Vaccination in the Punjab 1867-1880 - 1867-1880
Year: 1867
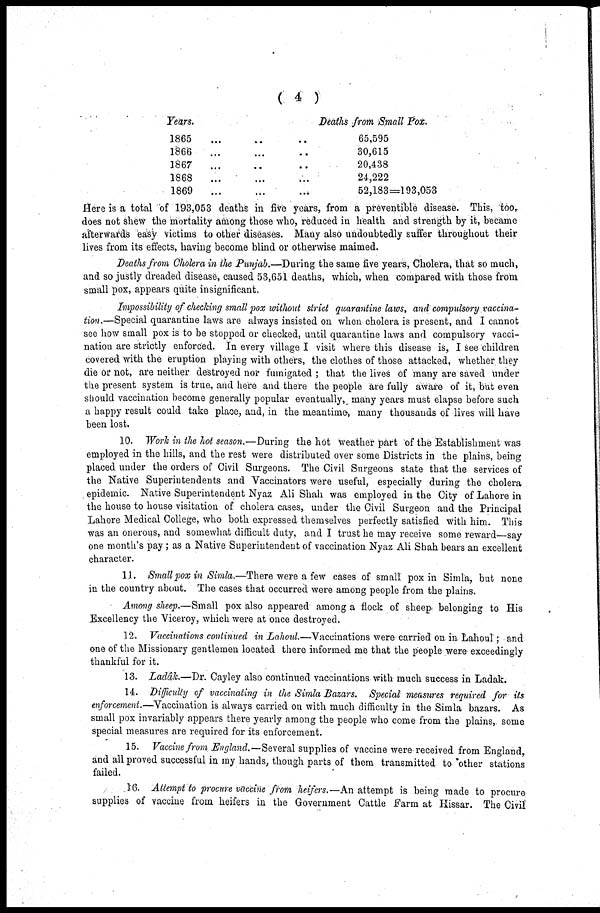
( 4 )
Tears.
1865
1866
1867
1868
1869
...
Deaths from Small Pox.
65,595
30,615
20,438
24,222
52,183=193,053
Here is a total of 193,053 deaths in five years, from a preventible disease. This, too,
does not shew the mortality among those who, reduced in health and strength by it, became
afterwards easy victims to other diseases. Many also undoubtedly suffer throughout their
lives from its effects, having become blind or otherwise maimed.
Deaths from Cholera in the Punjab.—During the same five years, Cholera, that so much,
and so justly dreaded disease, caused 53,651 deaths, which, when compared with those from
small pox, appears quite insignificant,
Impossibility of checking small pox without strict quarantine laws, and compulsory vaccina-
tion.—Special quarantine laws are always insisted on when cholera is present, and I cannot
see how small pox is to be stopped or checked, until quarantine laws and compulsory vacci-
nation are strictly enforced. In every village I visit where this disease is, I see children
covered with the eruption playing with others, the clothes of those attacked, whether they
die or not, are neither destroyed nor fumigated ; that the lives of many are saved under
the present system is true, and here and there the people are fully aware of it, but even
should vaccination become generally popular eventually, many years must elapse before such
a happy result could take place, and, in the meantime-, many thousands of lives will have
been lost.
10. Work in the hot season.—During the hot weather part of the Establishment was
employed in the hills, and the rest were distributed over some Districts in the plains, being
placed under the orders of Civil Surgeons. The Civil Surgeons state that the services of
the Native Superintendents and Vaccinators were useful, especially during the cholera
epidemic. Native Superintendent Nyaz. Ali Shah was employed in the City of Lahore in
the house to house visitation of cholera cases, under the Civil Surgeon and the Principal
Lahore Medical College, who both expressed themselves perfectly satisfied with him. This
was an onerous, and somewhat difficult duty, and I trust he may receive some reward—say
one month's pay ; as a Native Superintendent of vaccination Nyaz Ali Shah bears an excellent
character.
11. Small pox in Simla.—There were a few cases of small pox in Simla, but none
in the country about. The cases that occurred were among people from the plains.
Among sheep.—Small pox also appeared among a flock of sheep belonging to His
Excellency the Viceroy, which were at once destroyed.
12. Vaccinations continued in Lahoul.—Vaccinations were carried on in Lahoul; and
one of the Missionary gentlemen located there informed me that the people were exceedingly
thankful for it.
13. Ladâk.—Dr. Cayley also continued vaccinations with much success in Ladak.
14. Difficulty of vaccinating in the Simla Bazars. Special measures required for its
enforcement.—Vaccination is always carried on with much difficulty in the Simla bazars. As
small pox invariably appears there yearly among the people who come from the plains, some
special measures are required for its enforcement.
15. Vaccine from England.—Several supplies of vaccine were received from England,
and all proved successful in my hands, though parts of them transmitted to other stations
failed.
16. Attempt to procure vaccine from heijers.—An attempt is being made to procure
supplies of vaccine from heifers in the Government Cattle Farm at Hissar. The Civil